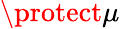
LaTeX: \protect\mu